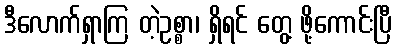
ဒီလောက်ရှာကြ တဲ့ဥစ္စာ၊ ရှိရင် တွေ့ ဖို့ကောင်းပြီ